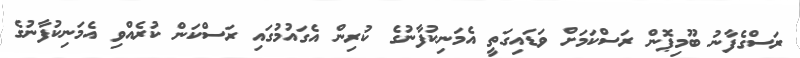
ރަސްގެފާނު ބޫމިޕޮން ރަސްކަމަށް ވަޑައިގަތީ އެމަނިކުފާނުގެ ކުރިން އެގައުމުގައި ރަސްކަން ކުރެއްވި އެމަނިކުފާނުގެ